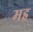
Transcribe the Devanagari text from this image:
मइ्र